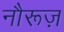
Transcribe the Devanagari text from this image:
नौरूज़